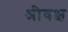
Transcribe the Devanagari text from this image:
श्रीवक्ष